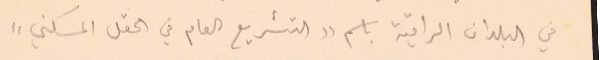
في البلدان الراقية باسم "التشريع العام في الحقل المسكني"